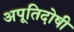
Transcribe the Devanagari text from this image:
अपूतिदोषी